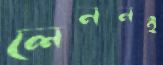
লেননই